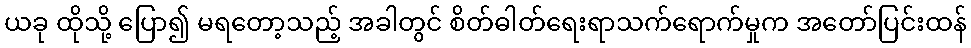
ယခု ထိုသို့ ပြော၍ မရတော့သည့် အခါတွင် စိတ်ဓါတ်ရေးရာသက်ရောက်မှုက အတော်ပြင်းထန်